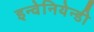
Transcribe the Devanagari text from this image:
इन्वेनियेन्डी